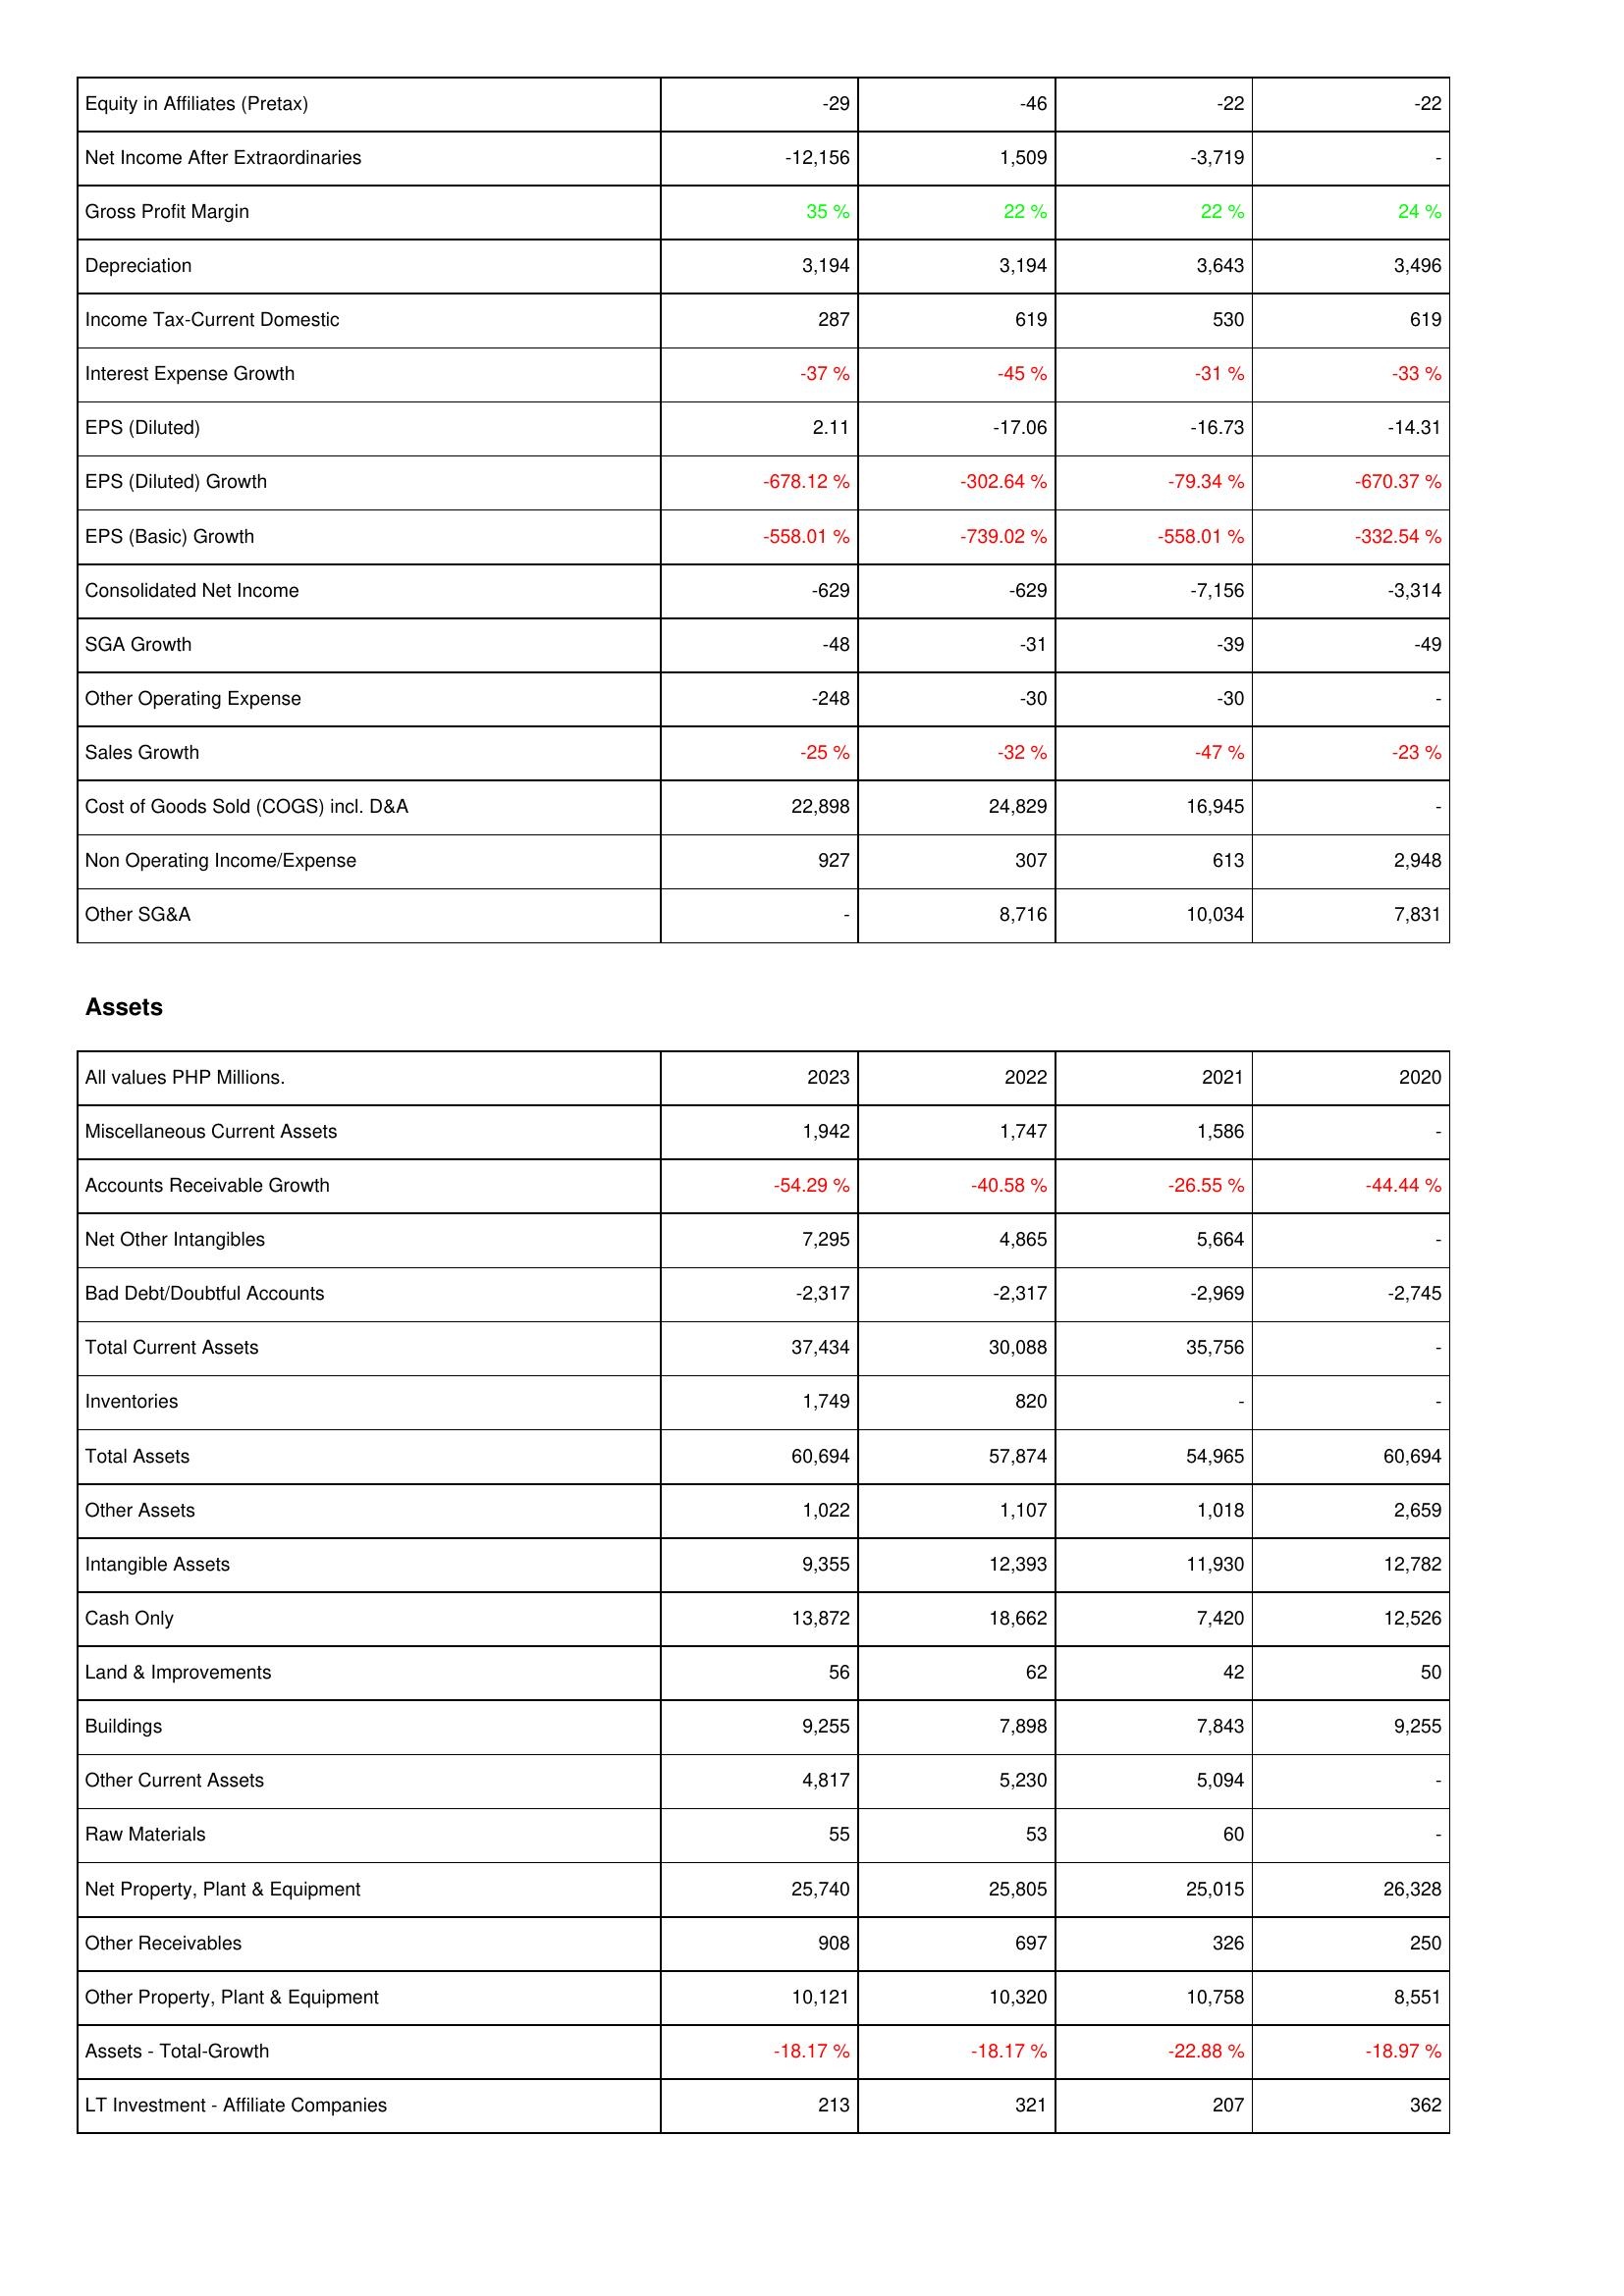
2023: Income Statement: Equity in Affiliates (Pretax): -29
Net Income After Extraordinaries: -12,156
Gross Profit Margin: 35 %
Depreciation: 3,194
Income Tax-Current Domestic: 287
Interest Expense Growth: -37 %
EPS (Diluted): 2.11
EPS (Diluted) Growth: -678.12 %
EPS (Basic) Growth: -558.01 %
Consolidated Net Income: -629
SGA Growth: -48
Other Operating Expense: -248
Sales Growth: -25 %
Cost of Goods Sold (COGS) incl. D&A: 22,898
Non Operating Income/Expense: 927
Other SG&A: -
Assets: Miscellaneous Current Assets: 1,942
Accounts Receivable Growth: -54.29 %
Net Other Intangibles: 7,295
Bad Debt/Doubtful Accounts: -2,317
Total Current Assets: 37,434
Inventories: 1,749
Total Assets: 60,694
Other Assets: 1,022
Intangible Assets: 9,355
Cash Only: 13,872
Land & Improvements: 56
Buildings: 9,255
Other Current Assets: 4,817
Raw Materials: 55
Net Property, Plant & Equipment: 25,740
Other Receivables: 908
Other Property, Plant & Equipment: 10,121
Assets - Total-Growth: -18.17 %
LT Investment - Affiliate Companies: 213
2022: Income Statement: Equity in Affiliates (Pretax): -46
Net Income After Extraordinaries: 1,509
Gross Profit Margin: 22 %
Depreciation: 3,194
Income Tax-Current Domestic: 619
Interest Expense Growth: -45 %
EPS (Diluted): -17.06
EPS (Diluted) Growth: -302.64 %
EPS (Basic) Growth: -739.02 %
Consolidated Net Income: -629
SGA Growth: -31
Other Operating Expense: -30
Sales Growth: -32 %
Cost of Goods Sold (COGS) incl. D&A: 24,829
Non Operating Income/Expense: 307
Other SG&A: 8,716
Assets: Miscellaneous Current Assets: 1,747
Accounts Receivable Growth: -40.58 %
Net Other Intangibles: 4,865
Bad Debt/Doubtful Accounts: -2,317
Total Current Assets: 30,088
Inventories: 820
Total Assets: 57,874
Other Assets: 1,107
Intangible Assets: 12,393
Cash Only: 18,662
Land & Improvements: 62
Buildings: 7,898
Other Current Assets: 5,230
Raw Materials: 53
Net Property, Plant & Equipment: 25,805
Other Receivables: 697
Other Property, Plant & Equipment: 10,320
Assets - Total-Growth: -18.17 %
LT Investment - Affiliate Companies: 321
2021: Income Statement: Equity in Affiliates (Pretax): -22
Net Income After Extraordinaries: -3,719
Gross Profit Margin: 22 %
Depreciation: 3,643
Income Tax-Current Domestic: 530
Interest Expense Growth: -31 %
EPS (Diluted): -16.73
EPS (Diluted) Growth: -79.34 %
EPS (Basic) Growth: -558.01 %
Consolidated Net Income: -7,156
SGA Growth: -39
Other Operating Expense: -30
Sales Growth: -47 %
Cost of Goods Sold (COGS) incl. D&A: 16,945
Non Operating Income/Expense: 613
Other SG&A: 10,034
Assets: Miscellaneous Current Assets: 1,586
Accounts Receivable Growth: -26.55 %
Net Other Intangibles: 5,664
Bad Debt/Doubtful Accounts: -2,969
Total Current Assets: 35,756
Inventories: -
Total Assets: 54,965
Other Assets: 1,018
Intangible Assets: 11,930
Cash Only: 7,420
Land & Improvements: 42
Buildings: 7,843
Other Current Assets: 5,094
Raw Materials: 60
Net Property, Plant & Equipment: 25,015
Other Receivables: 326
Other Property, Plant & Equipment: 10,758
Assets - Total-Growth: -22.88 %
LT Investment - Affiliate Companies: 207
2020: Income Statement: Equity in Affiliates (Pretax): -22
Net Income After Extraordinaries: -
Gross Profit Margin: 24 %
Depreciation: 3,496
Income Tax-Current Domestic: 619
Interest Expense Growth: -33 %
EPS (Diluted): -14.31
EPS (Diluted) Growth: -670.37 %
EPS (Basic) Growth: -332.54 %
Consolidated Net Income: -3,314
SGA Growth: -49
Other Operating Expense: -
Sales Growth: -23 %
Cost of Goods Sold (COGS) incl. D&A: -
Non Operating Income/Expense: 2,948
Other SG&A: 7,831
Assets: Miscellaneous Current Assets: -
Accounts Receivable Growth: -44.44 %
Net Other Intangibles: -
Bad Debt/Doubtful Accounts: -2,745
Total Current Assets: -
Inventories: -
Total Assets: 60,694
Other Assets: 2,659
Intangible Assets: 12,782
Cash Only: 12,526
Land & Improvements: 50
Buildings: 9,255
Other Current Assets: -
Raw Materials: -
Net Property, Plant & Equipment: 26,328
Other Receivables: 250
Other Property, Plant & Equipment: 8,551
Assets - Total-Growth: -18.97 %
LT Investment - Affiliate Companies: 362